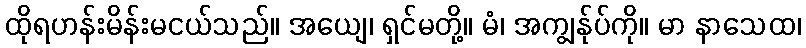
ထိုရဟန်းမိန်းမငယ်သည်။ အယျေ၊ ရှင်မတို့။ မံ၊ အကျွန်ုပ်ကို။ မာ နာသေထ၊